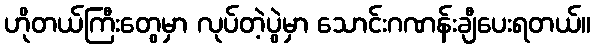
ဟိုတယ်ကြီးတွေမှာ လုပ်တဲ့ပွဲမှာ သောင်းဂဏန်းချီပေးရတယ်။